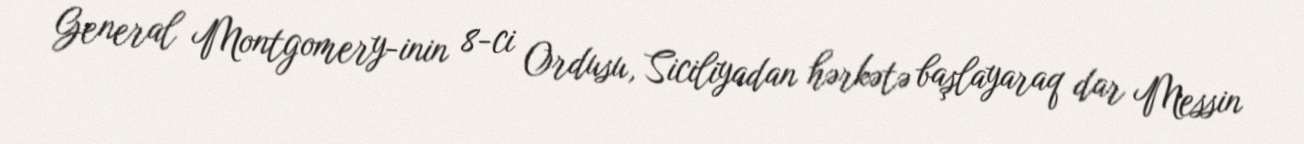
General Montgomery-inin 8-ci Ordusu, Siciliyadan hərkətə başlayaraq dar Messin